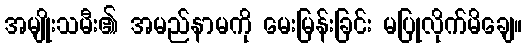
အမျိုးသမီး၏ အမည်နာမကို မေးမြန်းခြင်း မပြုလိုက်မိချေ။